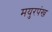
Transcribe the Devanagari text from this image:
मयुरपंख